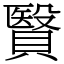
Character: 贀